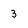
Character: 3